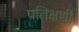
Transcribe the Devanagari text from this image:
प्रतिक्षणीं